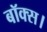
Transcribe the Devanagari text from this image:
बॉक्स।